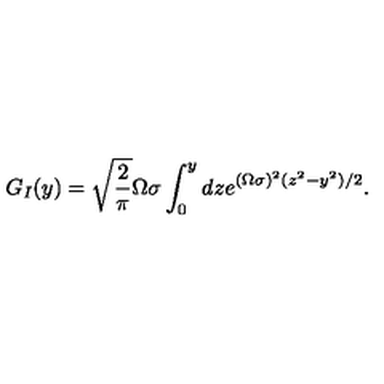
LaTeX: G _ { I } ( y ) = \sqrt { \frac { 2 } { \pi } } \Omega \sigma \int _ { 0 } ^ { y } d z e ^ { ( \Omega \sigma ) ^ { 2 } ( z ^ { 2 } - y ^ { 2 } ) / 2 } .